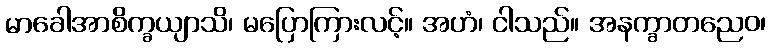
မာခေါအာစိက္ခယျာသိ၊ မပြောကြားလင့်။ အဟံ၊ ငါသည်။ အနက္ခာတညေဝ၊